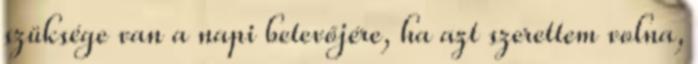
szüksége van a napi betevőjére, ha azt szerettem volna,